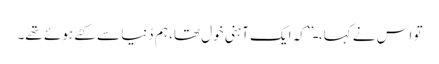
تو اس نے کہا، ـ’’کہ ایک آہنی خول تھا، ہم دُنیا سے کٹے ہوئے تھے۔